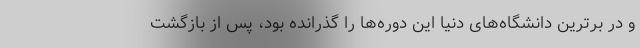
و در برترین دانشگاه‌های دنیا این دوره‌ها را گذرانده بود، پس از بازگشت